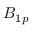
B _ { 1 p }